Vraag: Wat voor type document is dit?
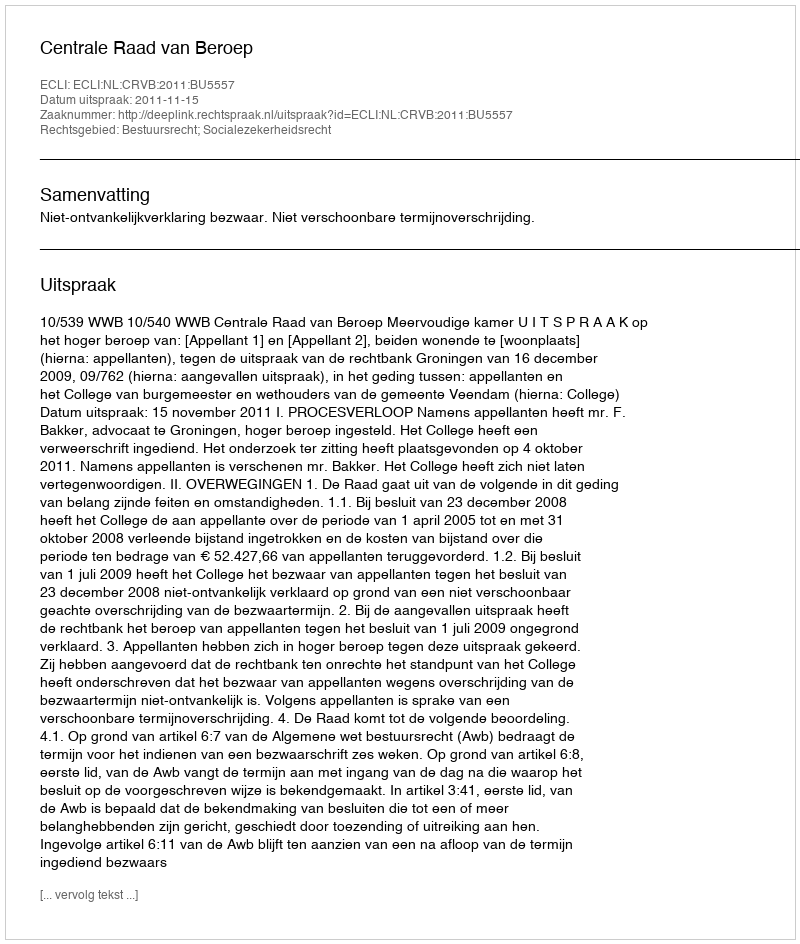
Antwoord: Uitspraak